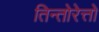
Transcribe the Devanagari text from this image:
तिन्तोरेत्तो